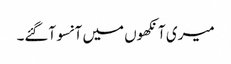
میری آنکھوں میں آنسو آگئے۔